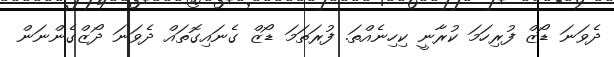
ދެވަނަ ޑޯޒް ފުރިހަމަ ކުރާނީ ކިހިނެއްތަ. ފުރަތަމަ ޑޯޒް ގެނައިގޮތައް ދެވަނަ ދޯޒްގެންނަން